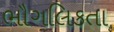
ભૌગલિકતા